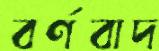
বর্ণবাদ